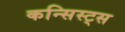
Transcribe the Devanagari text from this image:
कन्सिस्ट्स